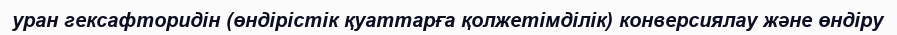
уран гексафторидін (өндірістік қуаттарға қолжетімділік) конверсиялау және өндіру